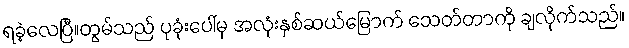
ရခဲ့လေပြီ။တွမ်သည် ပုခုံးပေါ်မှ အလုံးနှစ်ဆယ်မြောက် သေတ်တာကို ချလိုက်သည်။